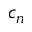
c _ { n }